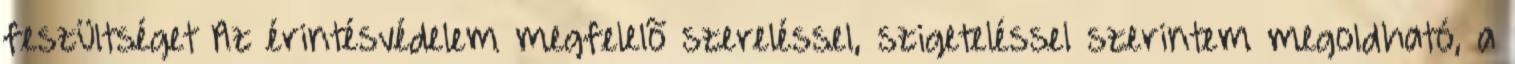
feszültséget Az érintésvédelem megfelelõ szereléssel, szigeteléssel szerintem megoldható, a